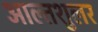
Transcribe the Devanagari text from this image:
आल्तशुलर